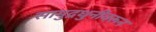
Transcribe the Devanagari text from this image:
सामुद्रधुनीवरून